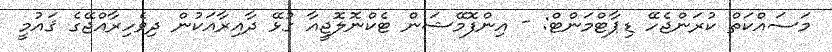
މަސައްކަތް ކުރަންޖެހޭ ޑިޕާޓްމަންޓް: - އިންފޮމޭޝަން ޓެކްނޮލޮޖީއާ ގުޅޭ ދާއިރާއަކުން ދިވެހިރާއްޖޭގެ ޤައުމީ